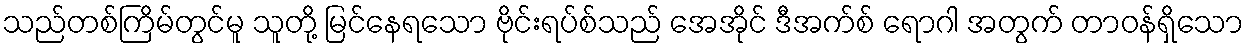
သည်တစ်ကြိမ်တွင်မူ သူတို့ မြင်နေရသော ဗိုင်းရပ်စ်သည် အေအိုင် ဒီအက်စ် ရောဂါ အတွက် တာဝန်ရှိသော